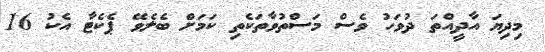
މިދިޔަ އާދީއްތަ ދުވަހު ވެސް މަސްތުވާތަކެތި ކަމަށް ބެލެވޭ ޕެކެޓާ އެކު 16